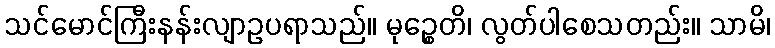
သင်မောင်ကြီးနန်းလျာဥပရာသည်။ မုဉ္စေတိ၊ လွတ်ပါစေသတည်း။ သာမိ၊